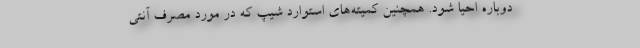
دوباره احیا شود. همچنین کمیته‌های استوارد شیپ که در مورد مصرف آنتی